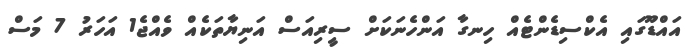
އައްޑޫގައި އެކްސިޑެންޓެއް ހިނގާ އަންހެނަކަށް ސީރިއަސް އަނިޔާތަކެއް ވެއްޖެ1 އަހަރު 7 މަސް